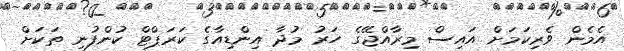
އެމެން ވެރިކަމަށް އައިސް މިރާއްޖޭގެ ހަރު މުދާ އިންޑިއާގެ ކަރަޕްޓް ކުންފުނި ތަކަށް